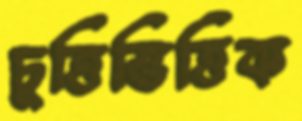
চুত্তিভিত্তিক